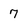
Character: 7